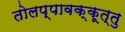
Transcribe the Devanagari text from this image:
तोलप्पावक्कूत्तु